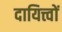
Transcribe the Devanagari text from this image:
दायित्त्वों